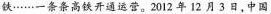
铁……一条条高铁开通运营。2012年12月3日，中国